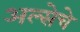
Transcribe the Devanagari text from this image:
अल्सेचे